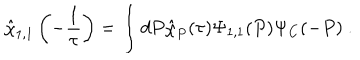
\hat { \chi } _ { 1 , 1 } \left( - \frac { 1 } { \tau } \right) = \int d P \hat { \chi } _ { P } ( \tau ) \Psi _ { 1 , 1 } ( P ) \Psi _ { C } ( - P ) ~ .